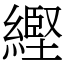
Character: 䌑